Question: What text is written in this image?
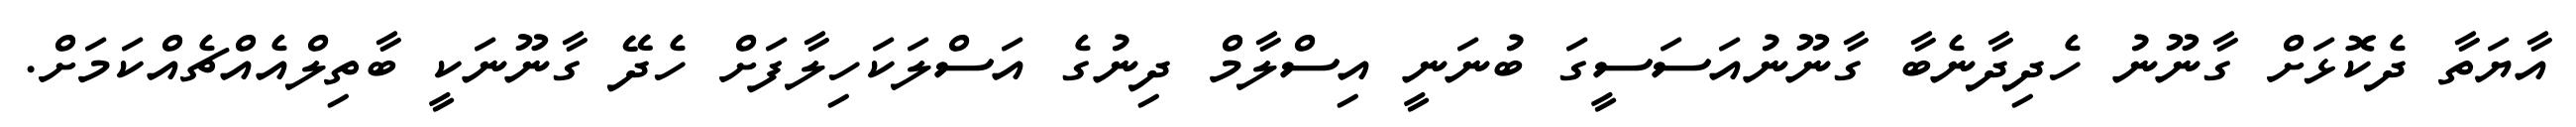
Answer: އާޔަތާ ދެކޮޅަށް ގާނޫނު ހެދިދާނެބާ ގާނޫނުއަސަސީގަ ބުނަނީ އިސްލާމް ދިނުގެ އަސްލަކަހިލާފަށް ހެދޭ ގާނޫނަކީ ބާތިލްއެއްޗެއްކަމަށް.